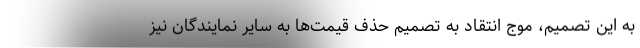
به این تصمیم، موج انتقاد به تصمیم حذف قیمت‌ها به سایر نمایندگان نیز